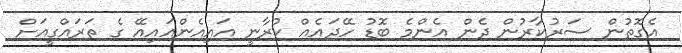
އެގޮތުން ސަރުކާރުން ދެން އެންމެ ބޮޑު ހޭދައެއް ކުރާނީ އައިއެންއައިއޭ ގެ ތަރައްގީއަށް